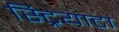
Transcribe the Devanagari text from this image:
स्ट्रियाटा